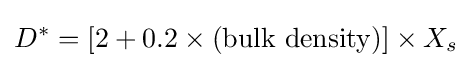
D^{*}=[2+0.2\times ({\text{bulk density}})]\times X_{s}